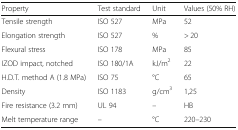
<table><thead><tr><td><b>Property</b></td><td><b>Test standard</b></td><td><b>Unit</b></td><td><b>Values (50% RH)</b></td></tr></thead><tbody><tr><td>Tensile strength</td><td>ISO 527</td><td>MPa</td><td>52</td></tr><tr><td>Elongation strength</td><td>ISO 527</td><td>%</td><td>&gt; 20</td></tr><tr><td>Flexural stress</td><td>ISO 178</td><td>MPa</td><td>85</td></tr><tr><td>IZOD impact, notched</td><td>ISO 180/1A</td><td>kJ/m<sup>2</sup></td><td>22</td></tr><tr><td>H.D.T. method A (1.8 MPa)</td><td>ISO 75</td><td>°C</td><td>65</td></tr><tr><td>Density</td><td>ISO 1183</td><td>g/cm<sup>3</sup></td><td>1,25</td></tr><tr><td>Fire resistance (3.2 mm)</td><td>UL 94</td><td>–</td><td>HB</td></tr><tr><td>Melt temperature range</td><td>–</td><td>°C</td><td>220–230</td></tr></tbody></table>